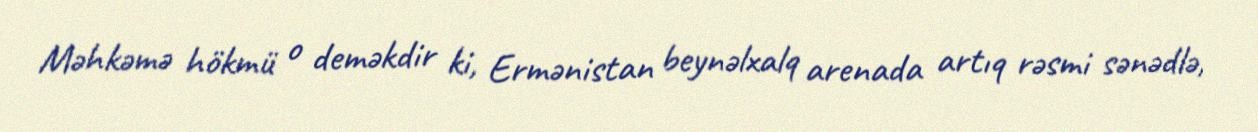
Məhkəmə hökmü o deməkdir ki, Ermənistan beynəlxalq arenada artıq rəsmi sənədlə,